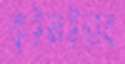
কুইনাইনের